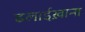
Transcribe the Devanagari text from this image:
ढलाईख़ाना